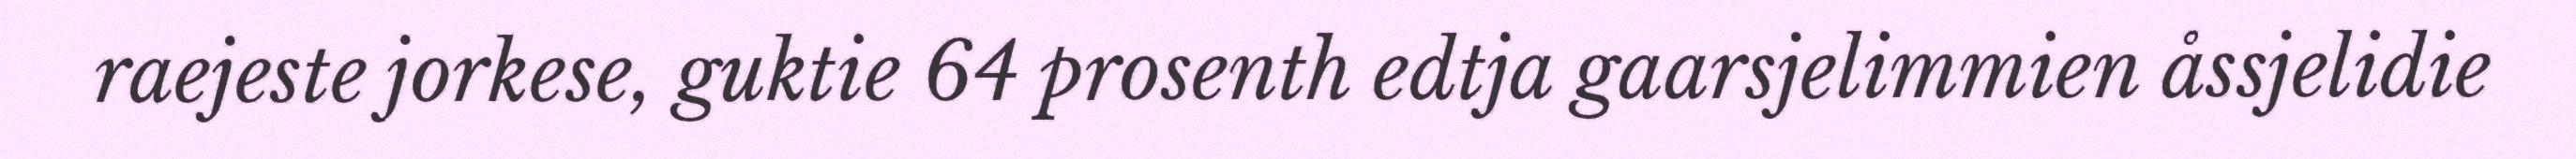
raejeste jorkese, guktie 64 prosenth edtja gaarsjelimmien åssjelidie